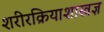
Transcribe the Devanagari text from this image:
शरीरक्रियाशास्त्रज्ञ